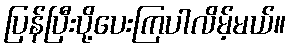
ပြန်ပြီးပို့ပေးကြပါလိမ့်မယ်။